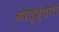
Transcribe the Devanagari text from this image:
श्रोतृवृंदात